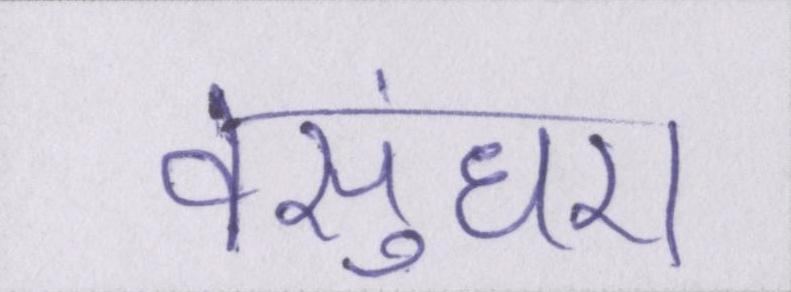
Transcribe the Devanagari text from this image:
वसुंधरा